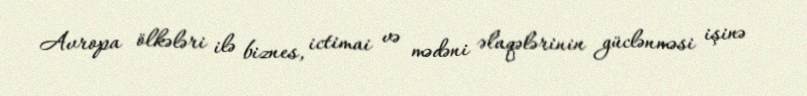
Avropa ölkələri ilə biznes, ictimai və mədəni əlaqələrinin güclənməsi işinə